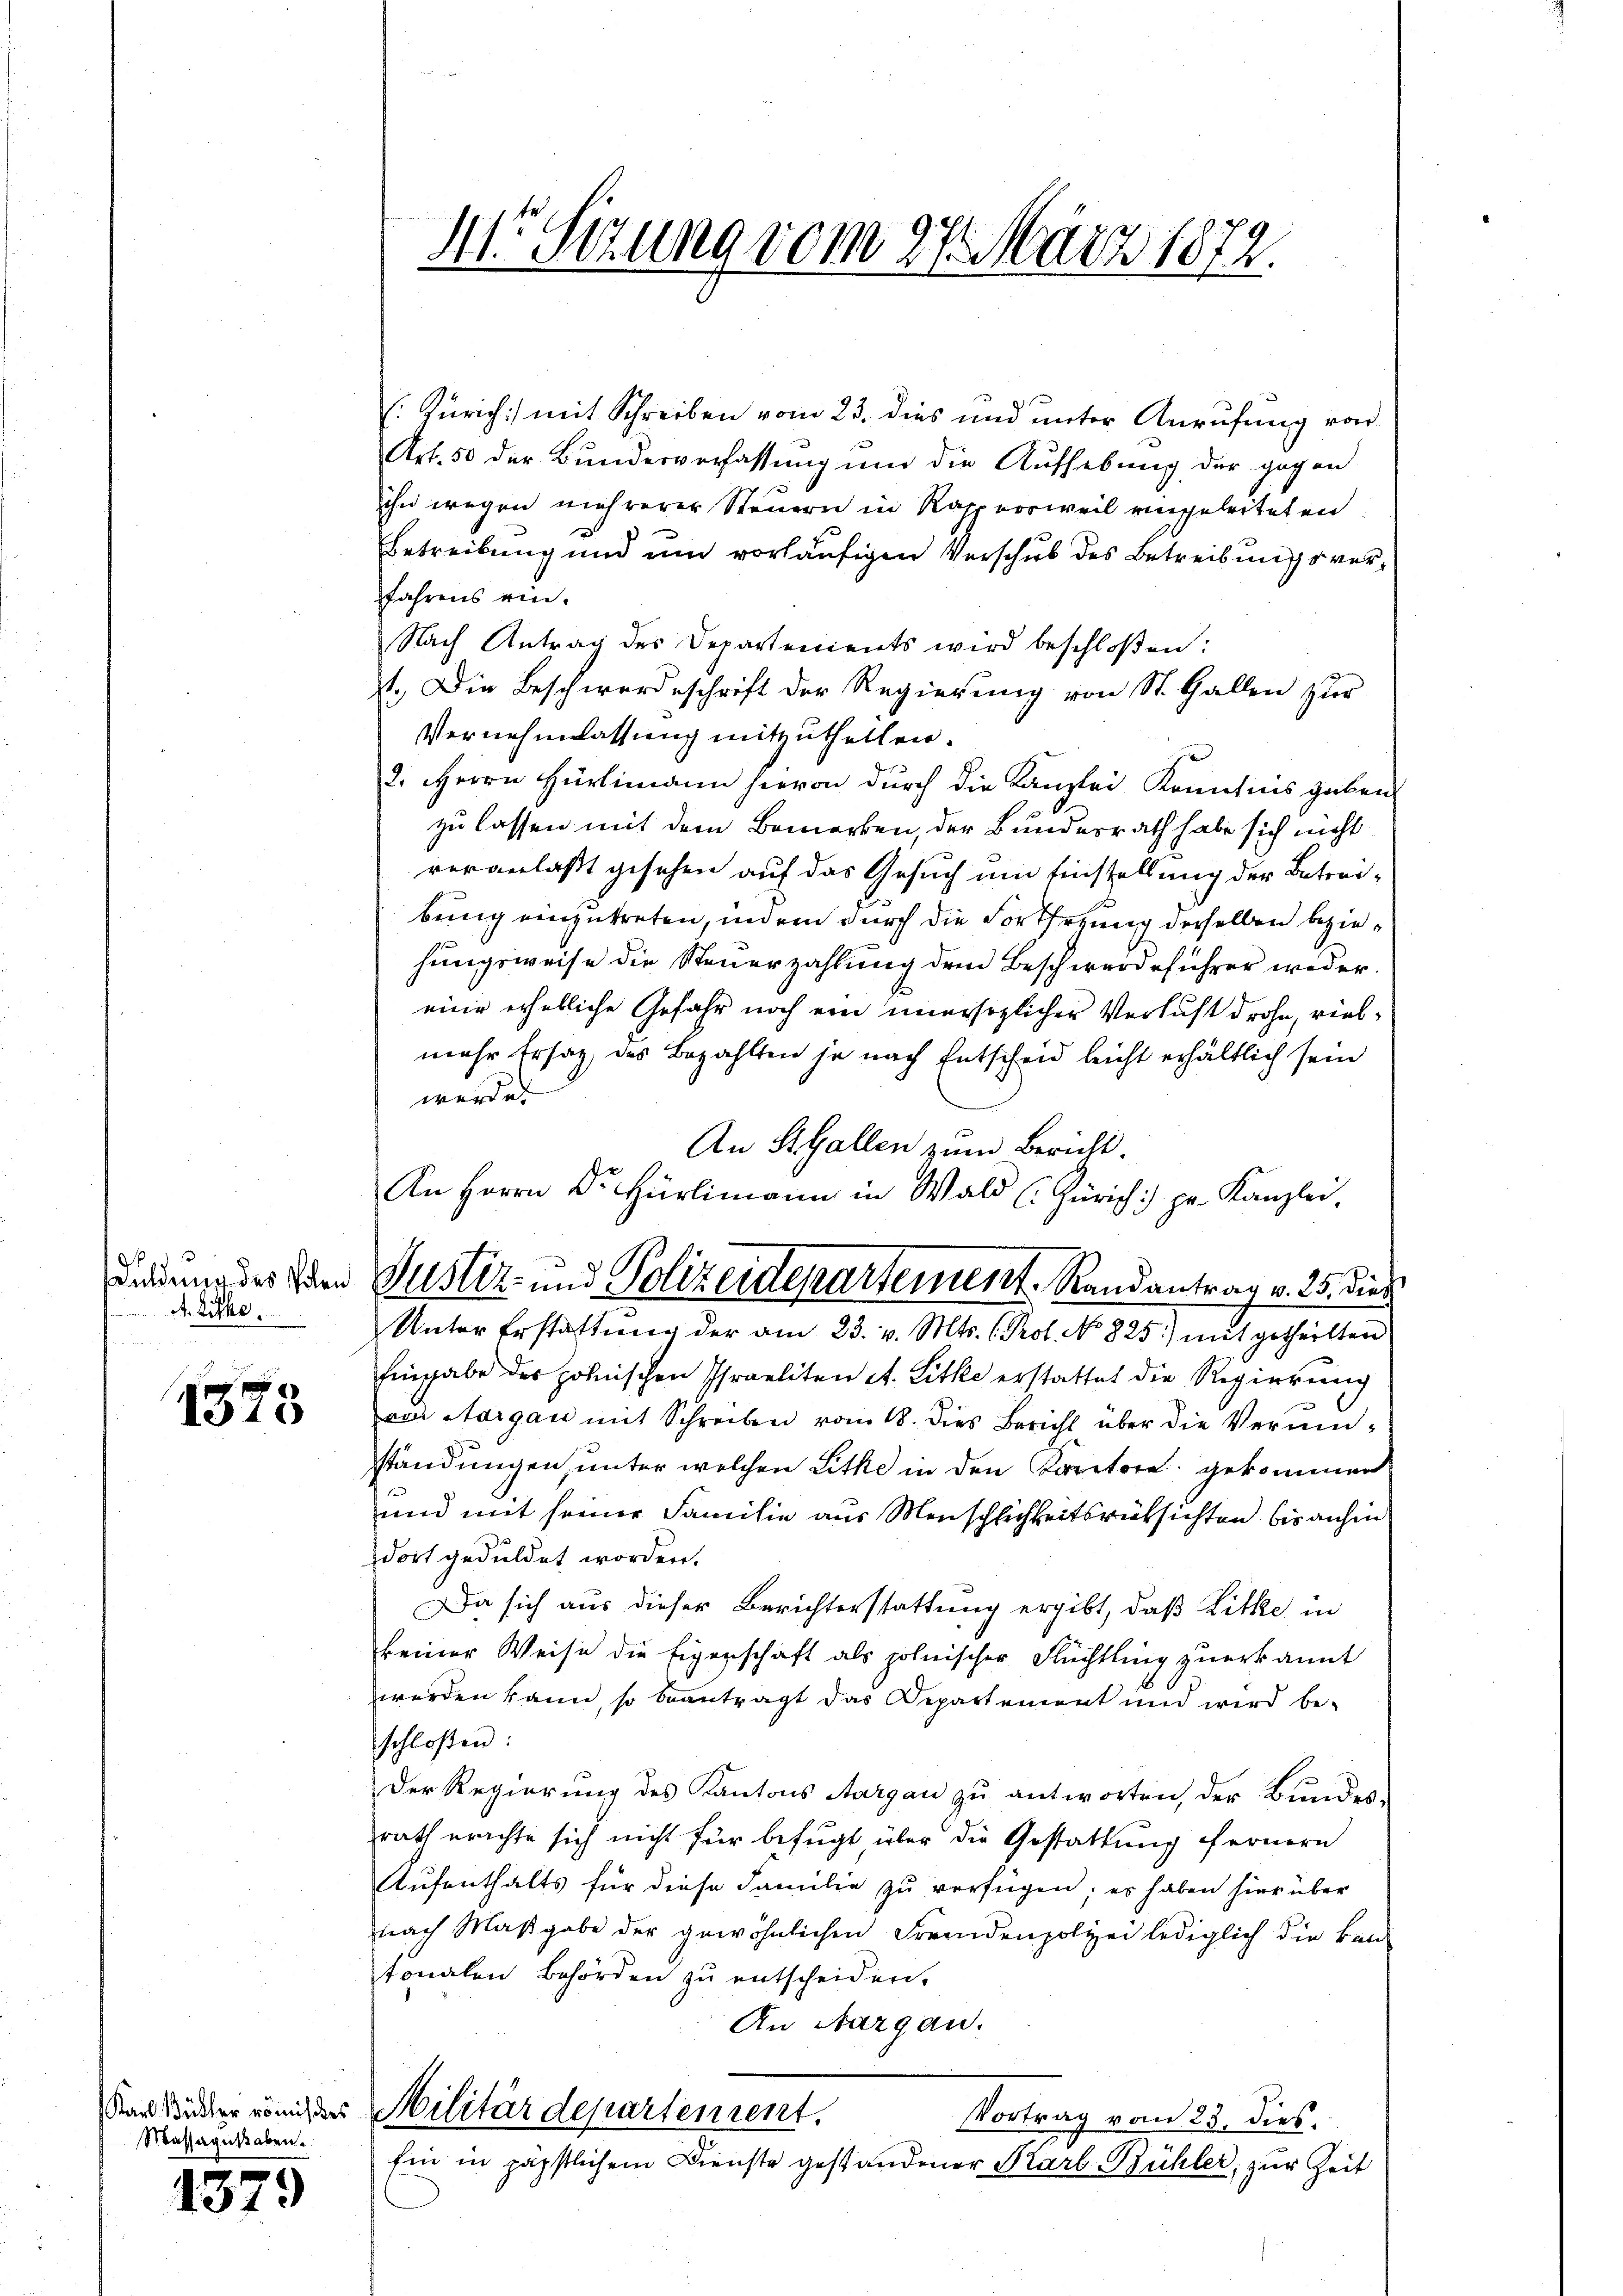
uldung des Polen
A. Like.

1573

Massagusaben.

1379

41 Sizung vom 27. März 1872.

Zürich] mit Schreiben vom 23. dies und unter Anrufung von
Art. 50 der Bundesverfassung und die Aufhebung der gegen
ihn wegen mehrerer Steuern in Rappersweil eingeleiteten.
Betreibung und um vorläufigen Verschub des Betreibungsverfahrens ein.
Nach Antrag des Departements wird beschloßen:
st. Die Beschwerdeschrift der Regierung von St. Gallen zur
Vernehmlassung mitzutheilen.
2. Herrn Hürlimann hievon durch die Kanzlei Kenntnis geben
zu lassen mit dem Bemerken, der Bundesrath habe sich nicht
veranlaßt gesehen auf das Gesuch um Einstellung der Betrei-
bring einzutreten, indem durch die Fortsezung derselben beziehungsweise die Steuerzahlung dem Beschwerdeführer wedereine erhebliche Gefahr noch ein unersezlicher Verlust drohe, vielmehr Ersatz, des Bezahlten je nach Entscheid leicht erhältlich sein
werde.
An St. Gallen zum Bericht.
Unter Erstattung der am 23. v. Mts. (Prot. No 825.) mit getheilten
Eingabe des polnischen Israeliten A. Litte erstattet die Regierung
von Aargau mit Schreiben vom 18. dies Bericht über die Verminständungen, unter welchen Sitte in den Karitore gekommen
und mit seiner Familie aus Menschlichkeitsrücksichten bis anhin
dort geduldet worden.
Da sich aus dieser Berichterstattung ergibt, daß Litte in
keiner Weise die Eigenschaft als polnischer Flüchtling zuerkannt
werden kann, so beantragt das Departement und wird be-
schloßen:
Der Regierŭng des Kantons Aargau zu antworten, der Bundes-
rath erachte sich nicht für befugt über die Gestattung fernern
Aufenthalts für diese Familie zu verfügen; es haben hier über
nach Maßgabe der gewöhnlichen Fremdenpolizei lediglich die kan-
tonalen Behörden zu entscheiden.
An Aargau.
an Wider von der Militärdepartement.
Vortrag vom 23. dies
Ein in päpstlichem Dienste gestandener Karl Bühler, zur Zeit

An Herrn Dr. Hürlimann in Wald (Zürich) pr. Kanzlei.
Justiz- und Polizeidepartement. Randantrag v. 25. die